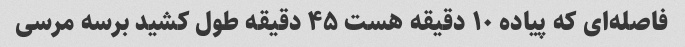
فاصله‌ای که پیاده ۱۰ دقیقه هست ۴۵ دقیقه طول کشید برسه مرسی